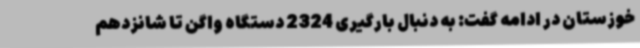
خوزستان در ادامه گفت: به دنبال بارگیری 2324 دستگاه واگن تا شانزدهم